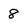
Character: 8